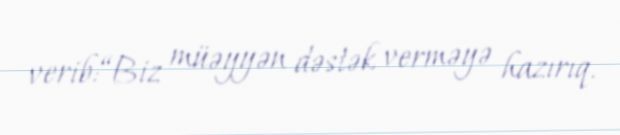
verib:“Biz müəyyən dəstək verməyə hazırıq.